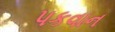
પકવાન